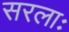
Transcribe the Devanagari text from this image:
सरलाः